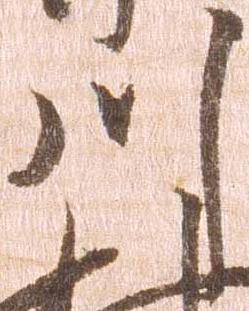
川